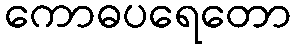
ကောဓပရေတော